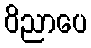
ဝိညာပေ